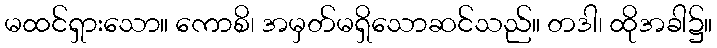
မထင်ရှားသော။ ကောစိ၊ အမှတ်မရှိသောဆင်သည်။ တဒါ၊ ထိုအခါ၌။